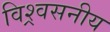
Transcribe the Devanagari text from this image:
विश्र्वसनीय